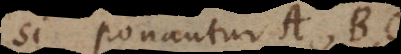
si ponantur A, B